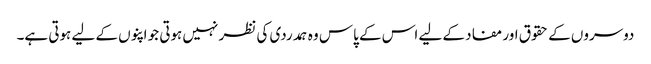
دوسروں کے حقوق اور مفاد کے لیے اس کے پاس وہ ہمدردی کی نظر نہیں ہوتی جو اپنوں کے لیے ہوتی ہے۔